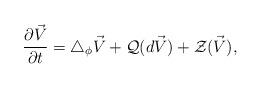
LaTeX: \begin{align*}\frac{\partial \vec{V}}{\partial t}=\triangle_\phi \vec{V}+{\cal Q}(d\vec{V})+{\cal Z}(\vec{V}),\end{align*}